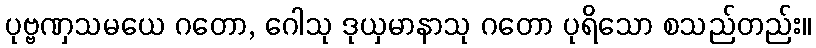
ပုဗ္ဗဏှသမယေ ဂတော, ဂေါသု ဒုယှမာနာသု ဂတော ပုရိသော စသည်တည်း။